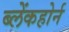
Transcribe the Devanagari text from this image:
ब्लेंकहोर्न